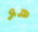
هو